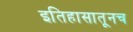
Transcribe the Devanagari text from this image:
इतिहासातूनच